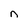
Character: n